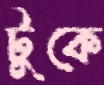
টুকে